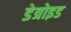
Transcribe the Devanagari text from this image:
डेत्रोइड